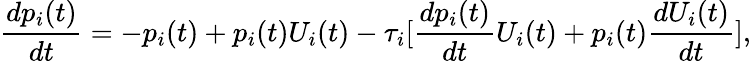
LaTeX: \frac{dp_{i}(t)}{dt}=-p_{i}(t)+p_{i}(t)U_{i}(t)-\tau_{i}[\frac{dp_{i}(t)}{dt}U_{i}(t)+p_{i}(t)\frac{dU_{i}(t)}{dt}],